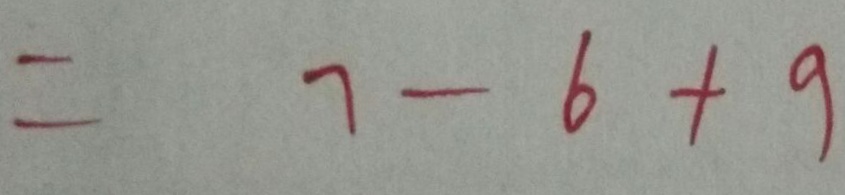
= 7 - 6 + 9